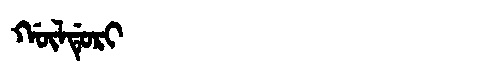
Manchu: ᡤᡡᠯᡩᡠᡵᡳ
Romanization: GŪLDURI